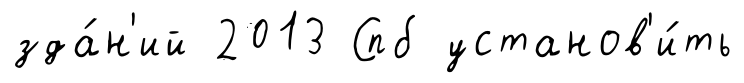
зда́н'ий 2013 Спб установ'и́ть